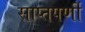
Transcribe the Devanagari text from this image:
साप्तपर्णी